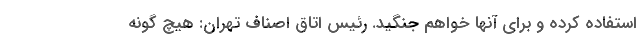
استفاده کرده و برای آنها خواهم جنگید. رئیس اتاق اصناف تهران: هیچ گونه